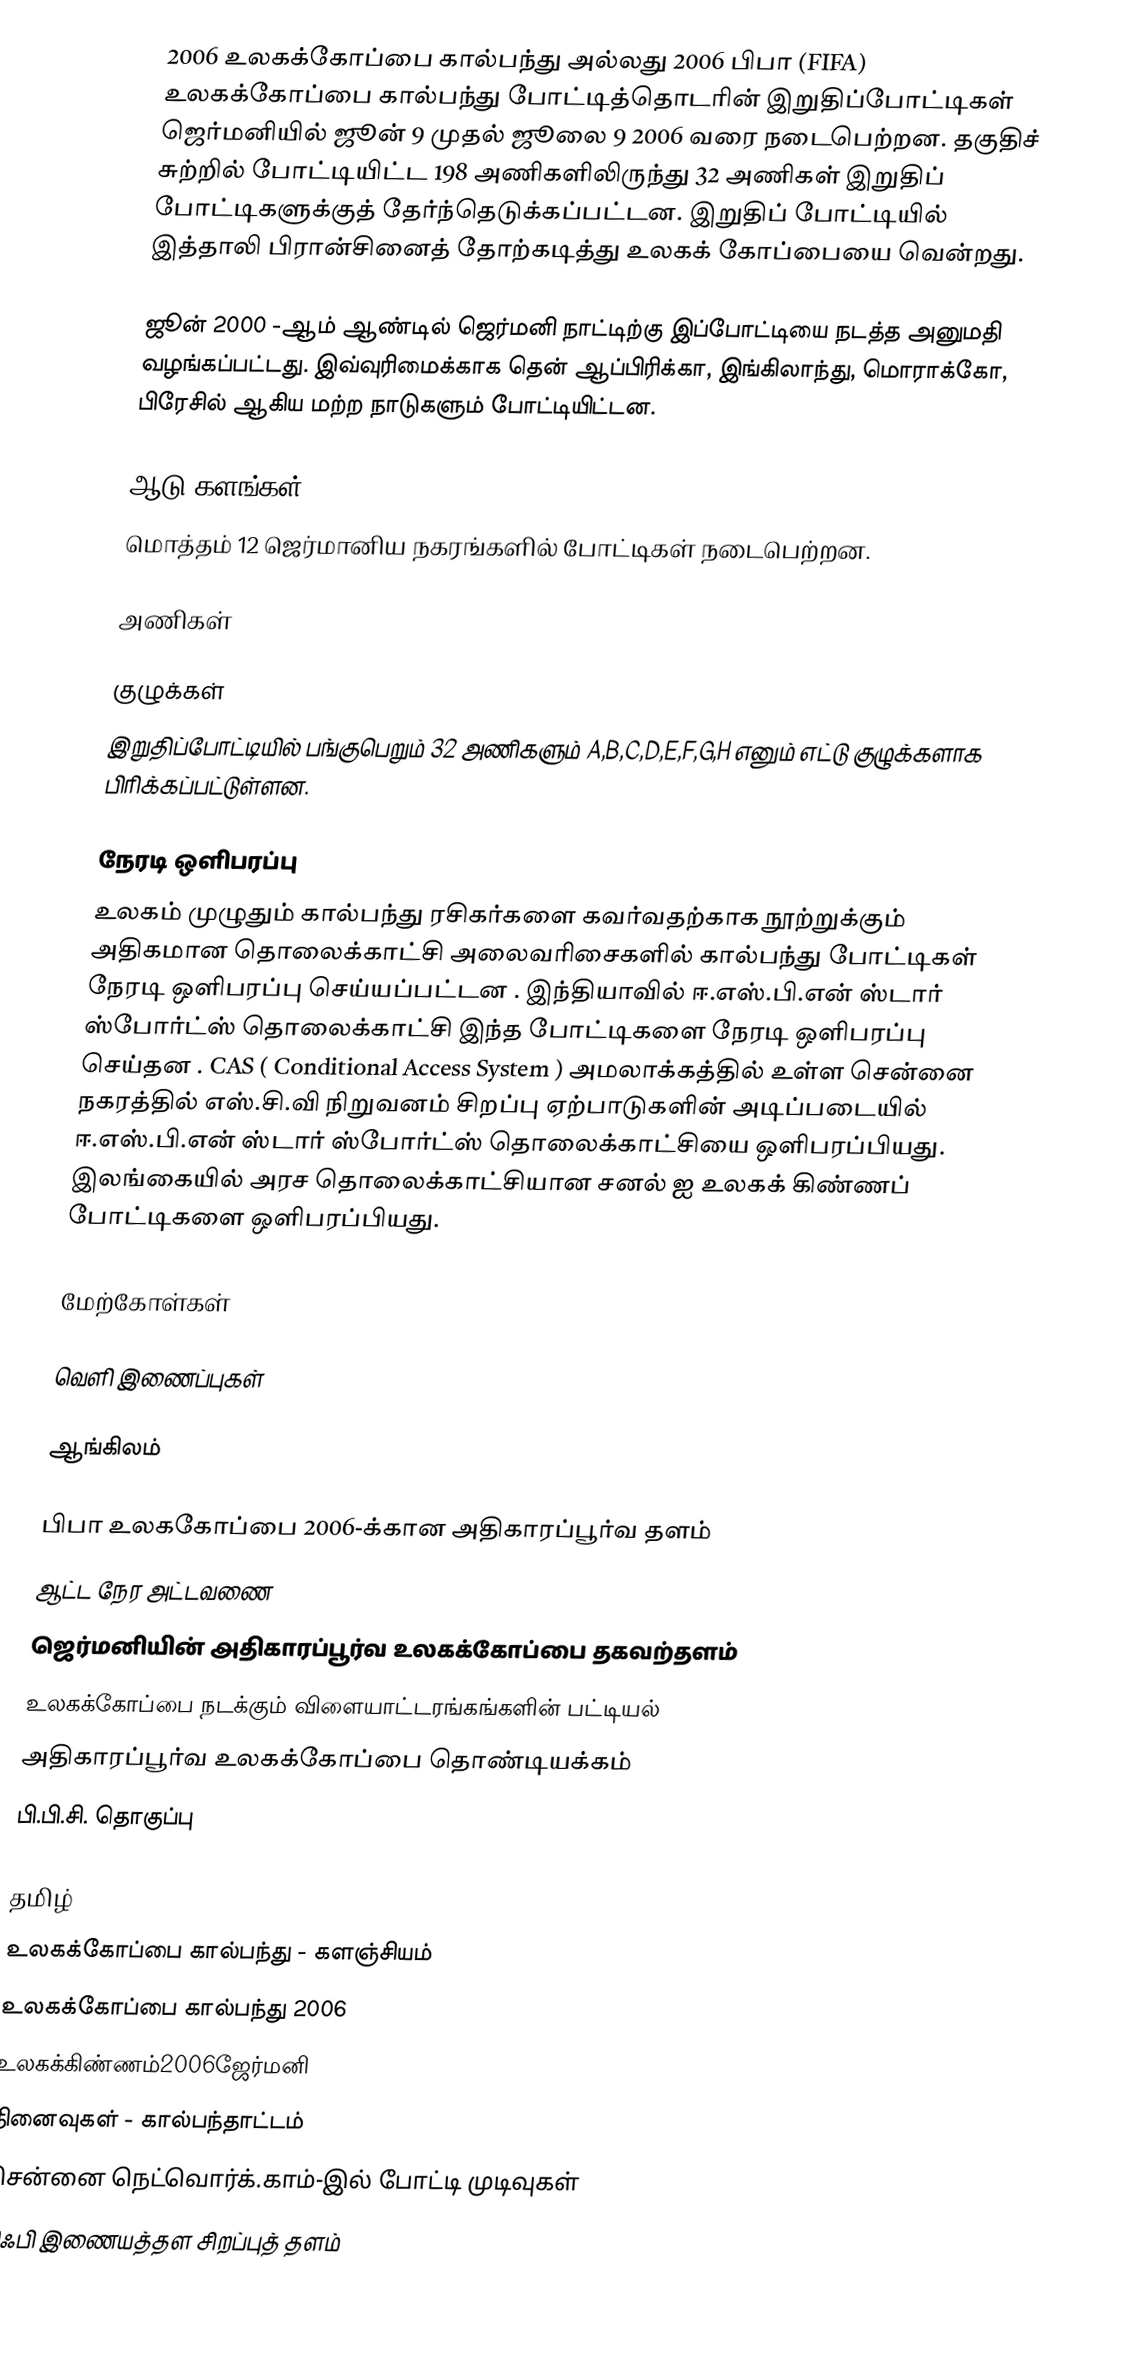
2006 உலகக்கோப்பை கால்பந்து அல்லது 2006 பிபா (FIFA) உலகக்கோப்பை கால்பந்து போட்டித்தொடரின் இறுதிப்போட்டிகள் ஜெர்மனியில் ஜூன் 9 முதல் ஜூலை 9 2006 வரை நடைபெற்றன. தகுதிச் சுற்றில் போட்டியிட்ட 198 அணிகளிலிருந்து 32 அணிகள் இறுதிப் போட்டிகளுக்குத் தேர்ந்தெடுக்கப்பட்டன. இறுதிப் போட்டியில் இத்தாலி பிரான்சினைத் தோற்கடித்து உலகக் கோப்பையை வென்றது.

ஜூன் 2000 -ஆம் ஆண்டில் ஜெர்மனி நாட்டிற்கு இப்போட்டியை நடத்த அனுமதி வழங்கப்பட்டது. இவ்வுரிமைக்காக தென் ஆப்பிரிக்கா, இங்கிலாந்து, மொராக்கோ, பிரேசில் ஆகிய மற்ற நாடுகளும் போட்டியிட்டன.

ஆடு களங்கள்
மொத்தம் 12 ஜெர்மானிய நகரங்களில் போட்டிகள் நடைபெற்றன.

அணிகள்

குழுக்கள்
இறுதிப்போட்டியில் பங்குபெறும் 32 அணிகளும் A,B,C,D,E,F,G,H எனும் எட்டு குழுக்களாக பிரிக்கப்பட்டுள்ளன.

நேரடி ஒளிபரப்பு
உலகம் முழுதும் கால்பந்து ரசிகர்களை கவர்வதற்காக நூற்றுக்கும் அதிகமான தொலைக்காட்சி அலைவரிசைகளில் கால்பந்து போட்டிகள் நேரடி ஒளிபரப்பு செய்யப்பட்டன . இந்தியாவில் ஈ.எஸ்.பி.என் ஸ்டார் ஸ்போர்ட்ஸ் தொலைக்காட்சி இந்த போட்டிகளை நேரடி ஒளிபரப்பு செய்தன . CAS ( Conditional Access System ) அமலாக்கத்தில் உள்ள சென்னை நகரத்தில் எஸ்.சி.வி நிறுவனம் சிறப்பு ஏற்பாடுகளின் அடிப்படையில் ஈ.எஸ்.பி.என் ஸ்டார் ஸ்போர்ட்ஸ் தொலைக்காட்சியை ஒளிபரப்பியது. இலங்கையில் அரச தொலைக்காட்சியான சனல் ஐ உலகக் கிண்ணப் போட்டிகளை ஒளிபரப்பியது.

மேற்கோள்கள்

வெளி இணைப்புகள்

ஆங்கிலம்

 பிபா உலககோப்பை 2006-க்கான அதிகாரப்பூர்வ தளம்
 ஆட்ட நேர அட்டவணை
 ஜெர்மனியின் அதிகாரப்பூர்வ உலகக்கோப்பை தகவற்தளம்
 உலகக்கோப்பை நடக்கும் விளையாட்டரங்கங்களின் பட்டியல்
 அதிகாரப்பூர்வ உலகக்கோப்பை தொண்டியக்கம்
 பி.பி.சி. தொகுப்பு

தமிழ்
 உலகக்கோப்பை கால்பந்து - களஞ்சியம்
 உலகக்கோப்பை கால்பந்து 2006
 உலகக்கிண்ணம்2006ஜேர்மனி
 நினைவுகள் - கால்பந்தாட்டம்
 சென்னை நெட்வொர்க்.காம்-இல் போட்டி முடிவுகள்
 சிஃபி இணையத்தள சிறப்புத் தளம்